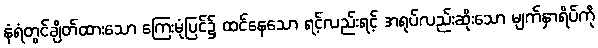
နံရံတွင်ချိတ်ထားသော ကြေးမုံပြင်၌ ထင်နေသော ရင့်လည်းရင့် အရုပ်လည်းဆိုးသော မျက်နှာရိပ်ကို